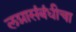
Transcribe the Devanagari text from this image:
लग्नासंबंधीचा